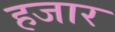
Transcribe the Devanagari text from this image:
हजार